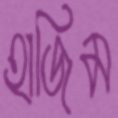
হাজিম